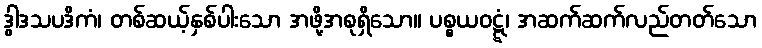
ဒွါဒသပဒိကံ၊ တစ်ဆယ့်နှစ်ပါးသော အဖို့အစုရှိသော။ ပစ္စယဝဋ္ဋံ၊ အဆက်ဆက်လည်တတ်သော